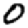
Digit: 0